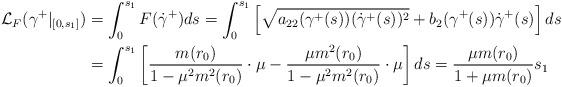
LaTeX: \begin{align*}\mathcal{L}_F({\gamma^+}|_{[0,s_1]})&=\int_0^{s_1}F(\dot{\gamma}^+)ds=\int_0^{s_1}\left[\sqrt{a_{22}(\gamma^+(s))(\dot{\gamma}^+(s))^2}+b_2(\gamma^+(s))\dot{\gamma}^+(s)\right] ds\\&=\int_0^{s_1}\left[\frac{m(r_0)}{1-\mu^2 m^2(r_0)}\cdot\mu-\frac{\mu m^2(r_0)}{1-\mu^2m^2(r_0)}\cdot\mu\right]ds=\frac{\mu m(r_0)}{1+\mu m(r_0)}s_1\end{align*}